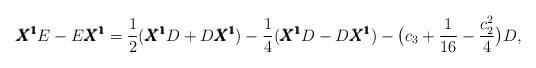
LaTeX: \begin{align*}{\pmb{X^1}} E - E {\pmb{X^1}} = \displaystyle\frac{1}{2}({\pmb{X^1}} D + D {\pmb{X^1}}) - \displaystyle\frac{1}{4}({\pmb{X^1}} D - D {\pmb{X^1}}) - \big(c_3 + \displaystyle\frac{1}{16} -\displaystyle\frac{c_2^2}{4}\big)D,\end{align*}